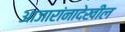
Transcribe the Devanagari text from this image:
आजारांनादेखील